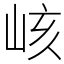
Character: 峐